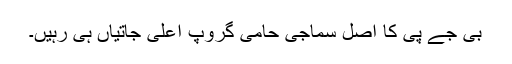
بی جے پی کا اصل سماجی حامی گروپ اعلیٰ جاتیاں ہی رہیں۔